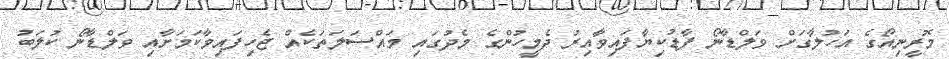
މޮރީނިއޯގެ އަހުލާގަށް ވަލްޑާނޯ ފާޑުކިޔާފައިވާއިރު ދެމީހުންގެ މެދުގައި މައްސަލަތަކެއް ޖެހިފައިވާކަމަށާއި ވަލްޑާނޯ ކުލަބު